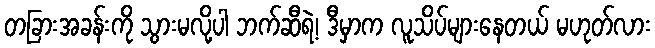
တခြားအခန်းကို သွားမလို့ပါ ဘက်ဆီရဲ့၊ ဒီမှာက လူသိပ်များနေတယ် မဟုတ်လား